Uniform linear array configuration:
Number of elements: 24
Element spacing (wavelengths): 0.25
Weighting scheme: cosine
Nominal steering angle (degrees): -45
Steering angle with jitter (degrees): -45.434
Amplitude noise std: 0.05
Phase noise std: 0.05

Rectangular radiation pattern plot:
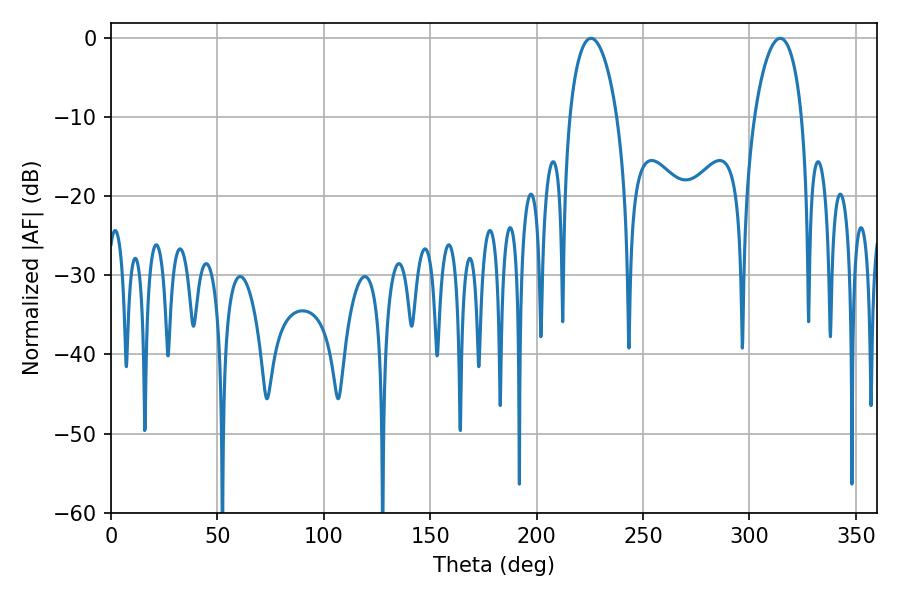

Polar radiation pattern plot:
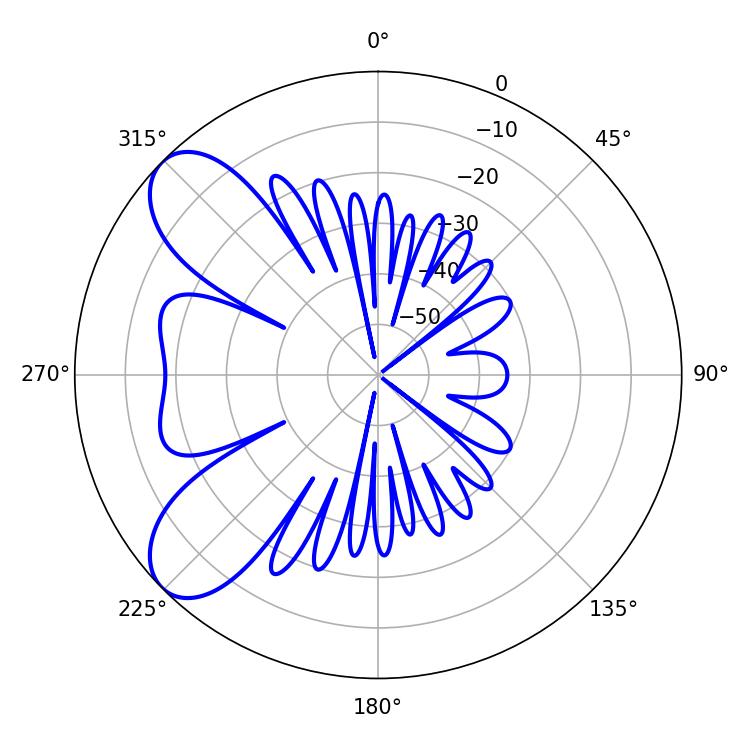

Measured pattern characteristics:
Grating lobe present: FALSE
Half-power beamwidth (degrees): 12.6
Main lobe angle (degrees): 225.54